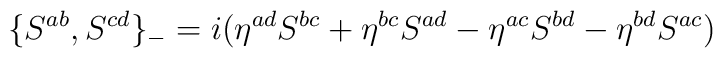
\{S^{ab},S^{cd}\}_- = i (\eta^{ad} S^{bc} + \eta^{bc} S^{ad} - \eta^{ac} S^{bd} - \eta^{bd} S^{ac})